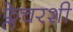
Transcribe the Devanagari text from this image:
फ्लेचरशी